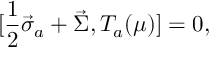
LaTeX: [ \frac { 1 } { 2 } \vec { \sigma } _ { a } + \vec { \Sigma } , T _ { a } ( \mu ) ] = 0 ,